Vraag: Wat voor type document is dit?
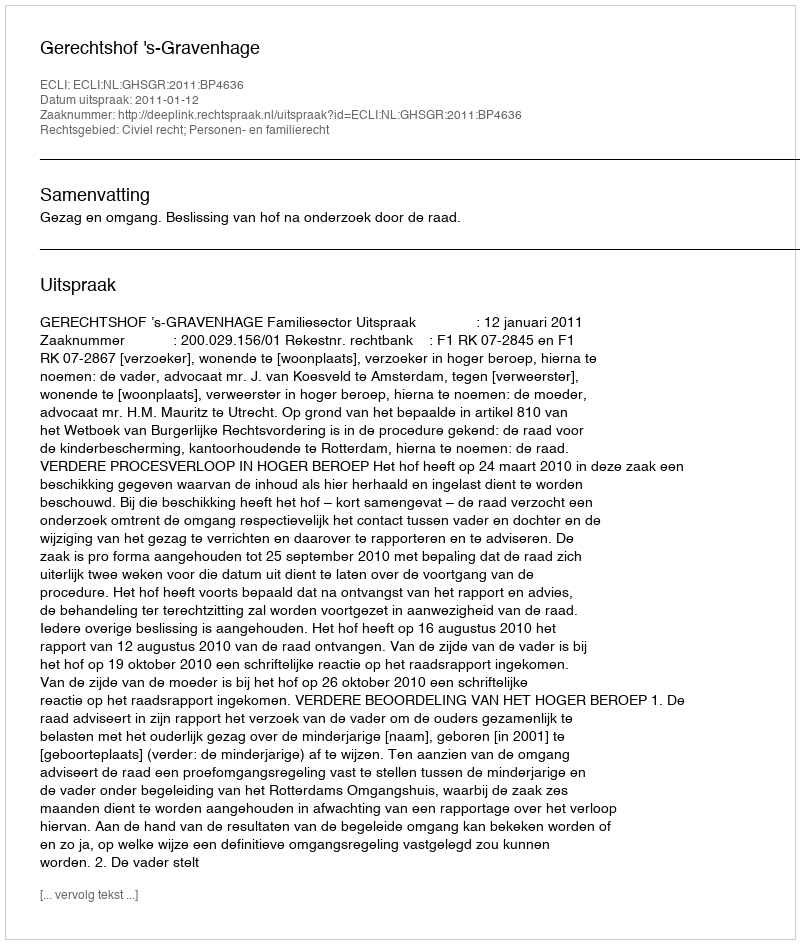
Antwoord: Uitspraak